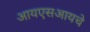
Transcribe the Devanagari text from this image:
आयएसआयचे